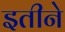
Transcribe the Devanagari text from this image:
इतीने